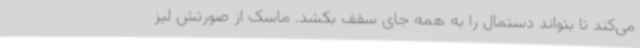
می‌کند تا بتواند دستمال را به همه جای سقف بکشد. ماسک از صورتش لیز